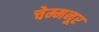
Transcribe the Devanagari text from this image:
चेम्मनूर